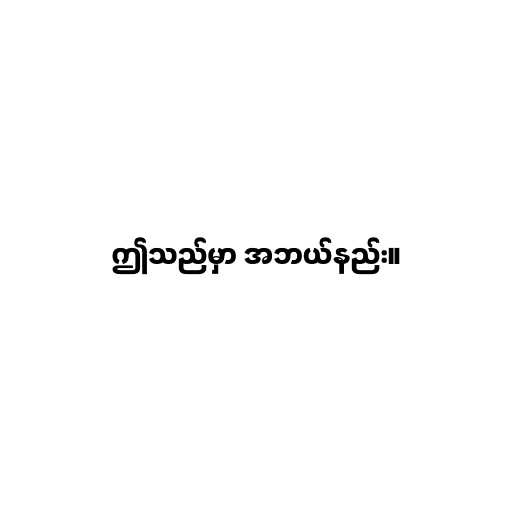
ဤသည်မှာ အဘယ်နည်း။